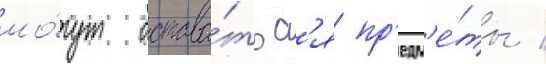
мо́гут остава́тьс'я пр'едм'е́ты /